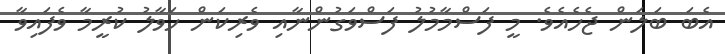
އެބަ ބަލަން ޖެހެއެވެ. މީ ފަސްމާމުލު ފަސްވަގުންނާއި ވެރިކަން ހަވާލު ކުރީމާ ވެފައިވާ